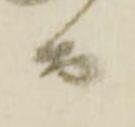
而